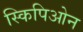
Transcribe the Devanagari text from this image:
स्किपिओन